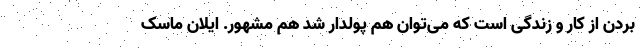
بردن از کار و زندگی است که می‌توان هم پولدار شد هم مشهور. ایلان ماسک